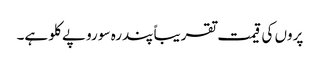
پروں کی قیمت تقریباً پندرہ سو روپے کلو ہے۔